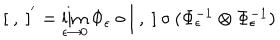
LaTeX: [ \ , \ ] ^ { ' } = \lim _ { \epsilon \to 0 } \Phi _ { \epsilon } \circ [ \ , \ ] \circ ( \Phi _ { \epsilon } ^ { - 1 } \otimes \Phi _ { \epsilon } ^ { - 1 } )